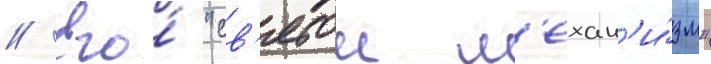
// Его́ "св'ятои м'ехан'и́зм"